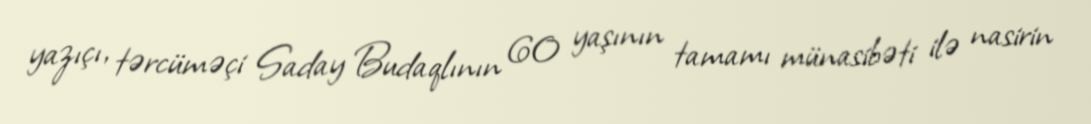
yazıçı, tərcüməçi Saday Budaqlının 60 yaşının tamamı münasibəti ilə nasirin